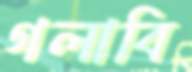
গলাবি